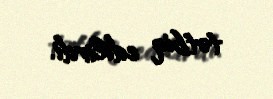
tətbiq edilirdi.